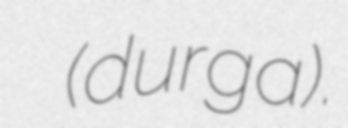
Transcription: ದುರ್ಗ (durga).